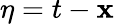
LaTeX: \eta=t-\mathbf{x}